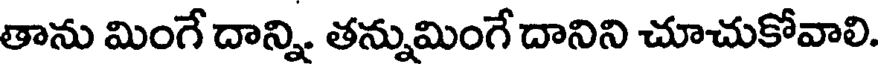
తాను మింగే దాన్ని. తన్నుమింగే దానిని చూచుకోవాలి.